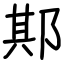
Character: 𨛺